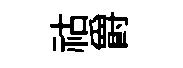
祜爵